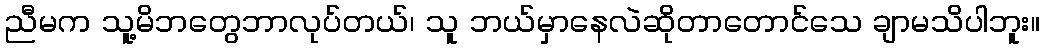
ညီမက သူ့မိဘတွေဘာလုပ်တယ်၊ သူ ဘယ်မှာနေလဲဆိုတာတောင်သေ ချာမသိပါဘူး။